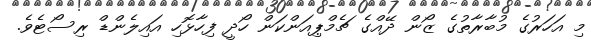
މި އަހަރުގެ މުބާރާތުގެ ޒޯން ދޭއްގެ ޗެމްޕިއަންކަން ހޯދީ ފިހާޅޮހި އައިލެންޑް ރިސޯޓެވެ.